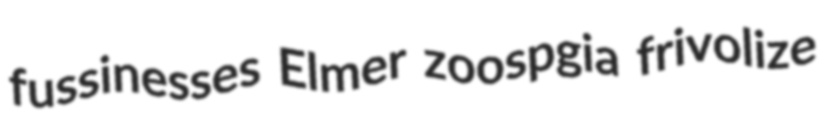
fussinesses Elmer zoospgia frivolize